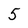
Character: 5